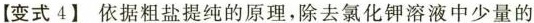
【变式4】依据粗盐提纯的原理，除去氯化钾溶液中少量的